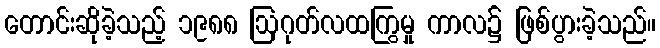
တောင်းဆိုခဲ့သည့် ၁၉၈၈ ဩဂုတ်လထကြွမှု ကာလ၌ ဖြစ်ပွားခဲ့သည်။